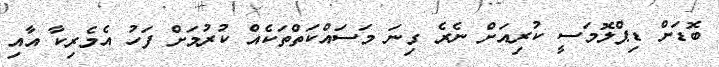
ބޮޑަށް ޑިޕްލޮމަސީ ކުރިއަށް ނެރެ ގިނަ މަސައްކަތްތަކެއް ކުރުމަށް ފަހު އެމެރިކާ އާއި